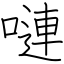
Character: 嗹